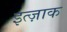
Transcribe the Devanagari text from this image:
इत्ज़ाक